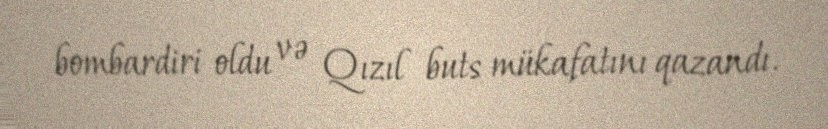
bombardiri oldu və Qızıl buts mükafatını qazandı.